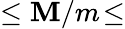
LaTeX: \leq\mathbf{M}/m\! \leq